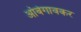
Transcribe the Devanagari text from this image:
आंबेगावकर